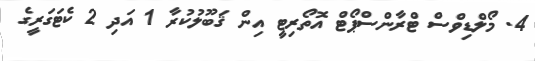
4. މޯލްޑިވްސް ޓްރާންސްޕޯޓް އޮތޯރިޓީ އިން ޤަބޫލުކުރާ 1 އަދި 2 ކެޓަގަރީގެ